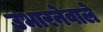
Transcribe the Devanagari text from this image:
उभारनेवाले